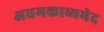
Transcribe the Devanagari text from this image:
अधमकाव्यभेद